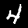
Label: 4